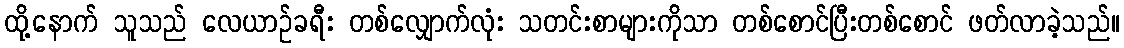
ထို့နောက် သူသည် လေယာဉ်ခရီး တစ်လျှောက်လုံး သတင်းစာများကိုသာ တစ်စောင်ပြီးတစ်စောင် ဖတ်လာခဲ့သည်။